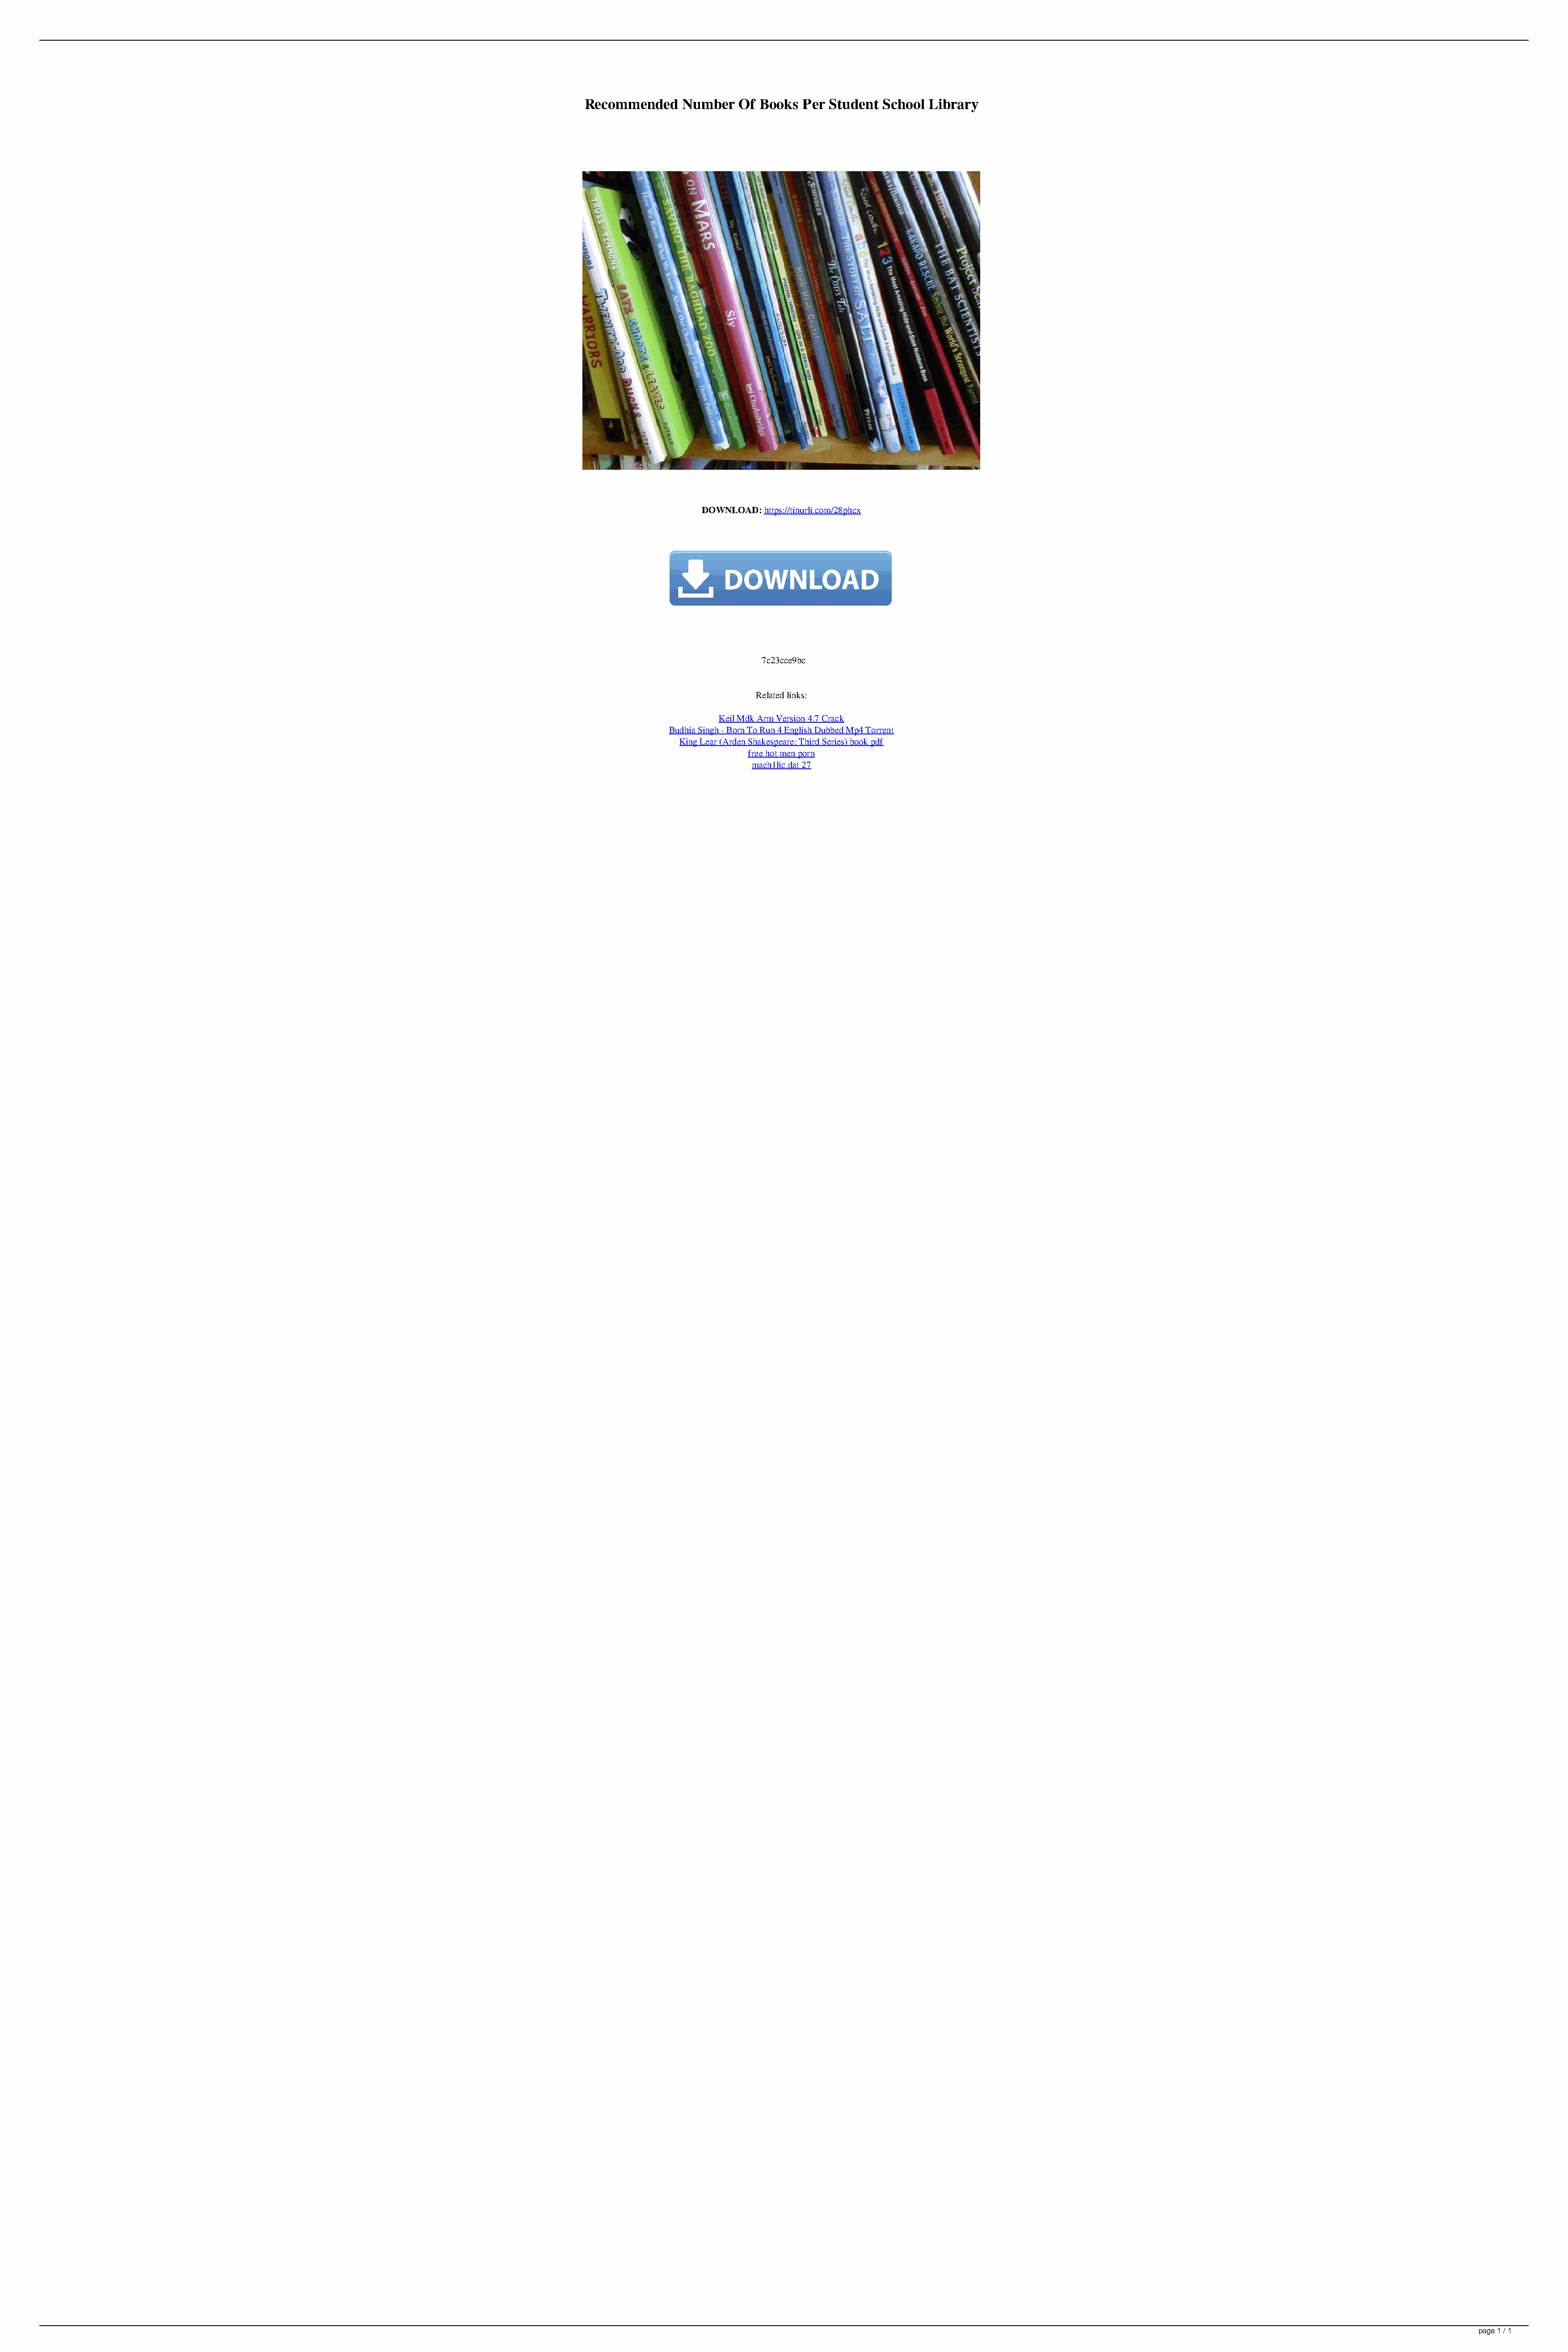
Recommended   Number  Of  Books Per Student School Library
 DOWNLOAD: https://tinurli.com/28phcx
 7c23cce9bc
 Related links:
 Keil Mdk Arm Version 4.7 Crack
 Budhia Singh - Born To Run 4 English Dubbed Mp4 Torrent
 King Lear (Arden Shakespeare: Third Series) book pdf
 free hot men porn
 mach1lic.dat 27
 page 1 / 1
 Recommended Number Of Books Per Student School Library